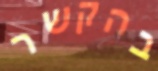
בהקשר